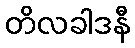
တိလခါဒနီ